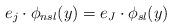
LaTeX: \begin{align*}e_{j}\cdot \phi _{nsl}(y)=e_{J}\cdot \phi _{sl}(y) \end{align*}